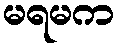
မရမက